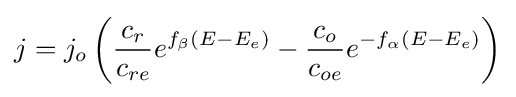
j=j_{o}\left({\frac {c_{r}}{c_{re}}}e^{f_{\beta }(E-E_{e})}-{\frac {c_{o}}{c_{oe}}}e^{-f_{\alpha }(E-E_{e})}\right)